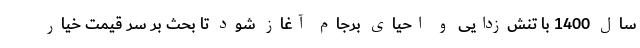
سال 1400 با تنش‌زدایی و احیای برجام آغاز شود تا بحث بر سر قیمت خیار